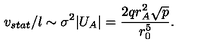
v _ { s t a t } / l \sim \sigma ^ { 2 } | U _ { A } | = { \frac { 2 q r _ { A } ^ { 2 } \sqrt { p } } { r _ { 0 } ^ { 5 } } } .